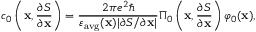
c _ { 0 } \left( \mathbf { x } , \frac { \partial S } { \partial \mathbf { x } } \right) = \frac { 2 \pi e ^ { 2 } \hbar } { \varepsilon _ { \mathrm { a v g } } ( \mathbf { x } ) | \partial S / \partial \mathbf { x } | } \Pi _ { 0 } \left( \mathbf { x } , \frac { \partial S } { \partial \mathbf { x } } \right) \varphi _ { 0 } ( \mathbf { x } ) ,